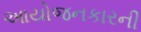
આયોજનકારની